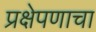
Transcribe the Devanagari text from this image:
प्रक्षेपणाचा